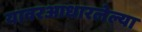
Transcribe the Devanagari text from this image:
यावरआधारलेल्या